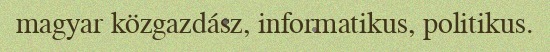
magyar közgazdász, informatikus, politikus.